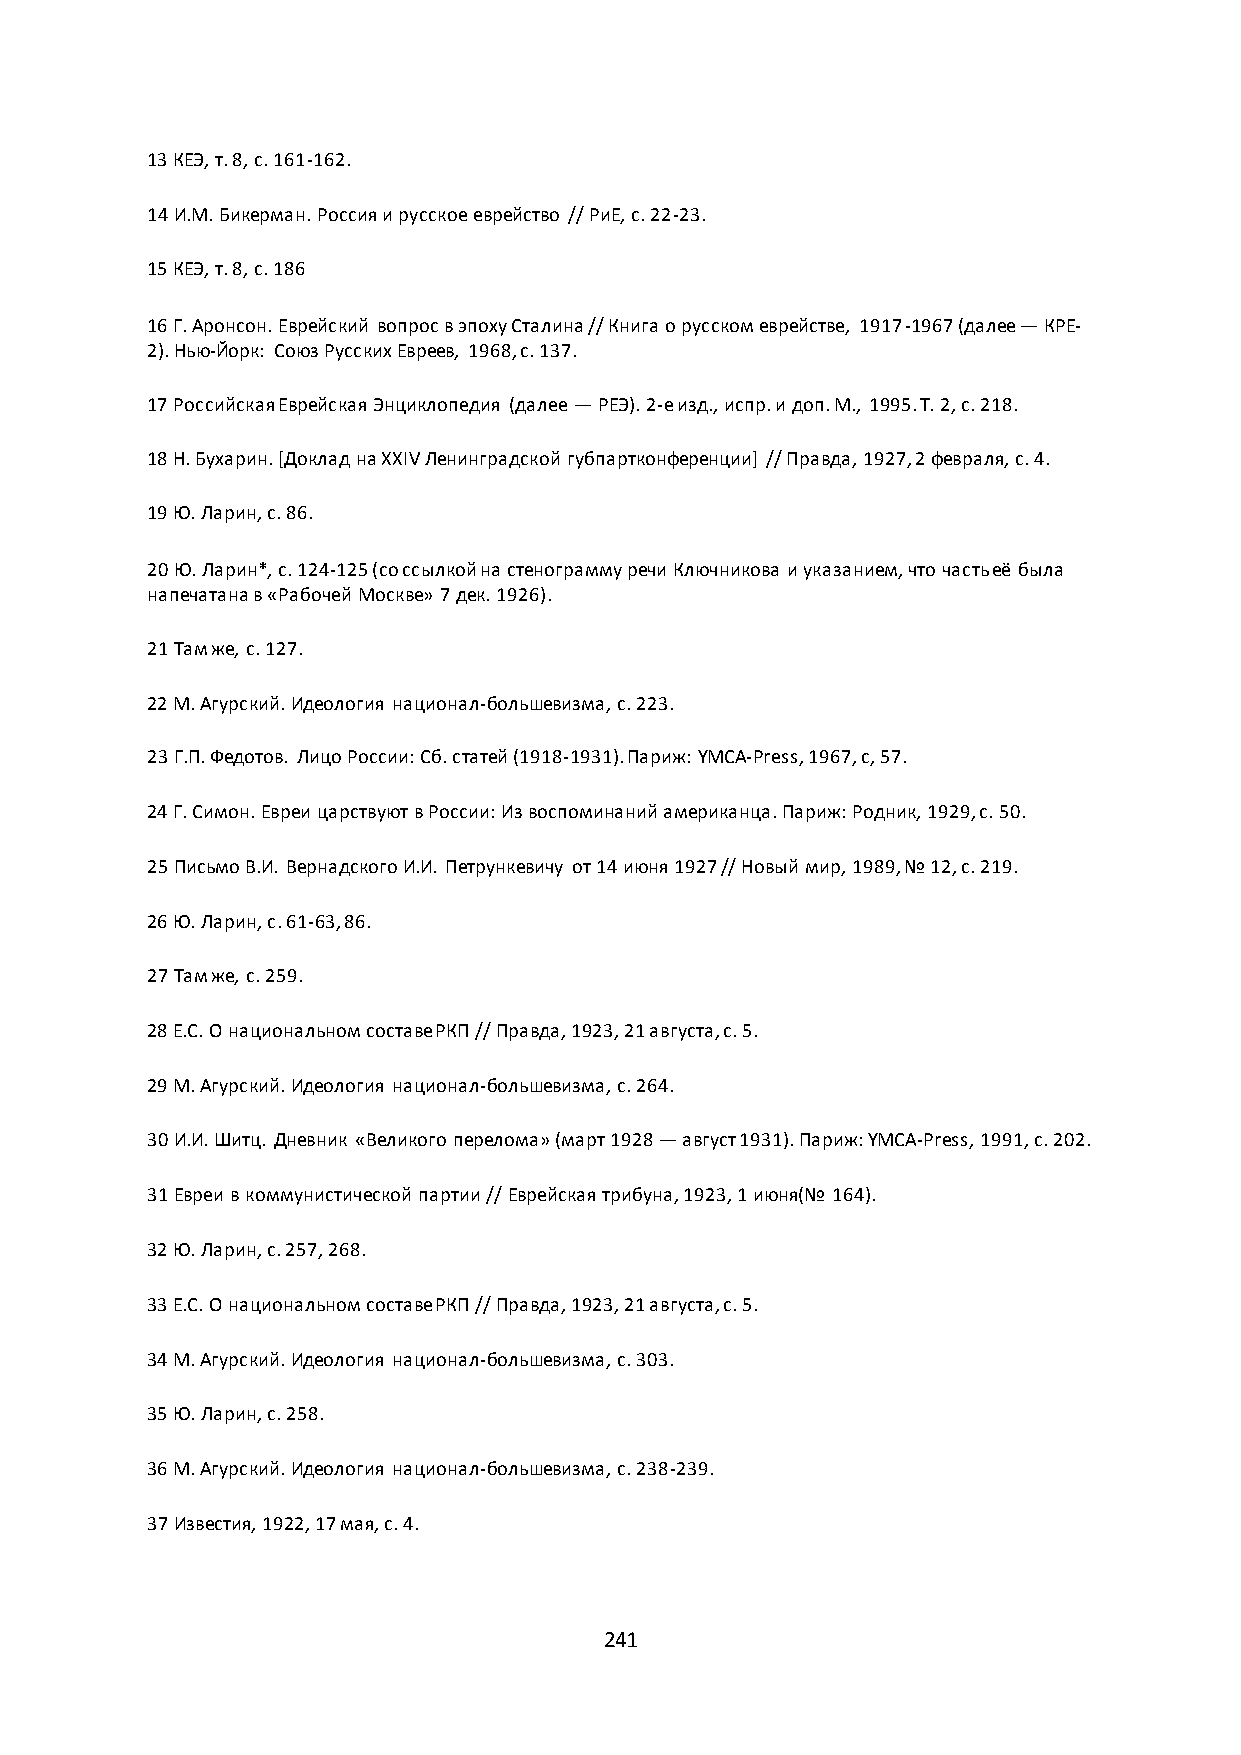
13 КЕЭ, т. 8, с. 161-162.
 14 И.М. Бикерман. Россия и русское еврейство // РиЕ, с. 22-23.
 15 КЕЭ, т. 8, с. 186
 16 Г. Аронсон. Еврейский вопрос в эпоху Сталина // Книга о русском еврействе, 1917-1967 (далее — КРЕ-
 2). Нью-Йорк: Союз Русских Евреев, 1968, с. 137.
 17 Российская Еврейская Энциклопедия (далее — РЕЭ). 2-е изд., испр. и доп. М., 1995. Т. 2, с. 218.
 18 Н. Бухарин. *Доклад на XXIV Ленинградской губпартконференции+ // Правда, 1927, 2 февраля, с. 4.
 19 Ю. Ларин, с. 86.
 20 Ю. Ларин*, с. 124-125 (со ссылкой на стенограмму речи Ключникова и указанием, что часть её была
 напечатана в «Рабочей Москве» 7 дек. 1926).
 21 Там же, с. 127.
 22 М. Агурский. Идеология национал-большевизма, с. 223.
 23 Г.П. Федотов. Лицо России: Сб. статей (1918-1931). Париж: YMCA-Press, 1967, с, 57.
 24 Г. Симон. Евреи царствуют в России: Из воспоминаний американца. Париж: Родник, 1929, с. 50.
 25 Письмо В.И. Вернадского И.И. Петрункевичу от 14 июня 1927 // Новый мир, 1989, № 12, с. 219.
 26 Ю. Ларин, с. 61-63, 86.
 27 Там же, с. 259.
 28 E.С. О национальном составе РКП // Правда, 1923, 21 августа, с. 5.
 29 М. Агурский. Идеология национал-большевизма, с. 264.
 30 И.И. Шитц. Дневник «Великого перелома» (март 1928 — август 1931). Париж: YMCA-Press, 1991, с. 202.
 31 Евреи в коммунистической партии // Еврейская трибуна, 1923, 1 июня(№ 164).
 32 Ю. Ларин, с. 257, 268.
 33 Е.С. О национальном составе РКП // Правда, 1923, 21 августа, с. 5.
 34 М. Агурский. Идеология национал-большевизма, с. 303.
 35 Ю. Ларин, с. 258.
 36 М. Агурский. Идеология национал-большевизма, с. 238-239.
 37 Известия, 1922, 17 мая, с. 4.
 241